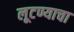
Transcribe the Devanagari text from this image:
लूटण्याचा